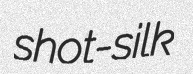
shot-silk